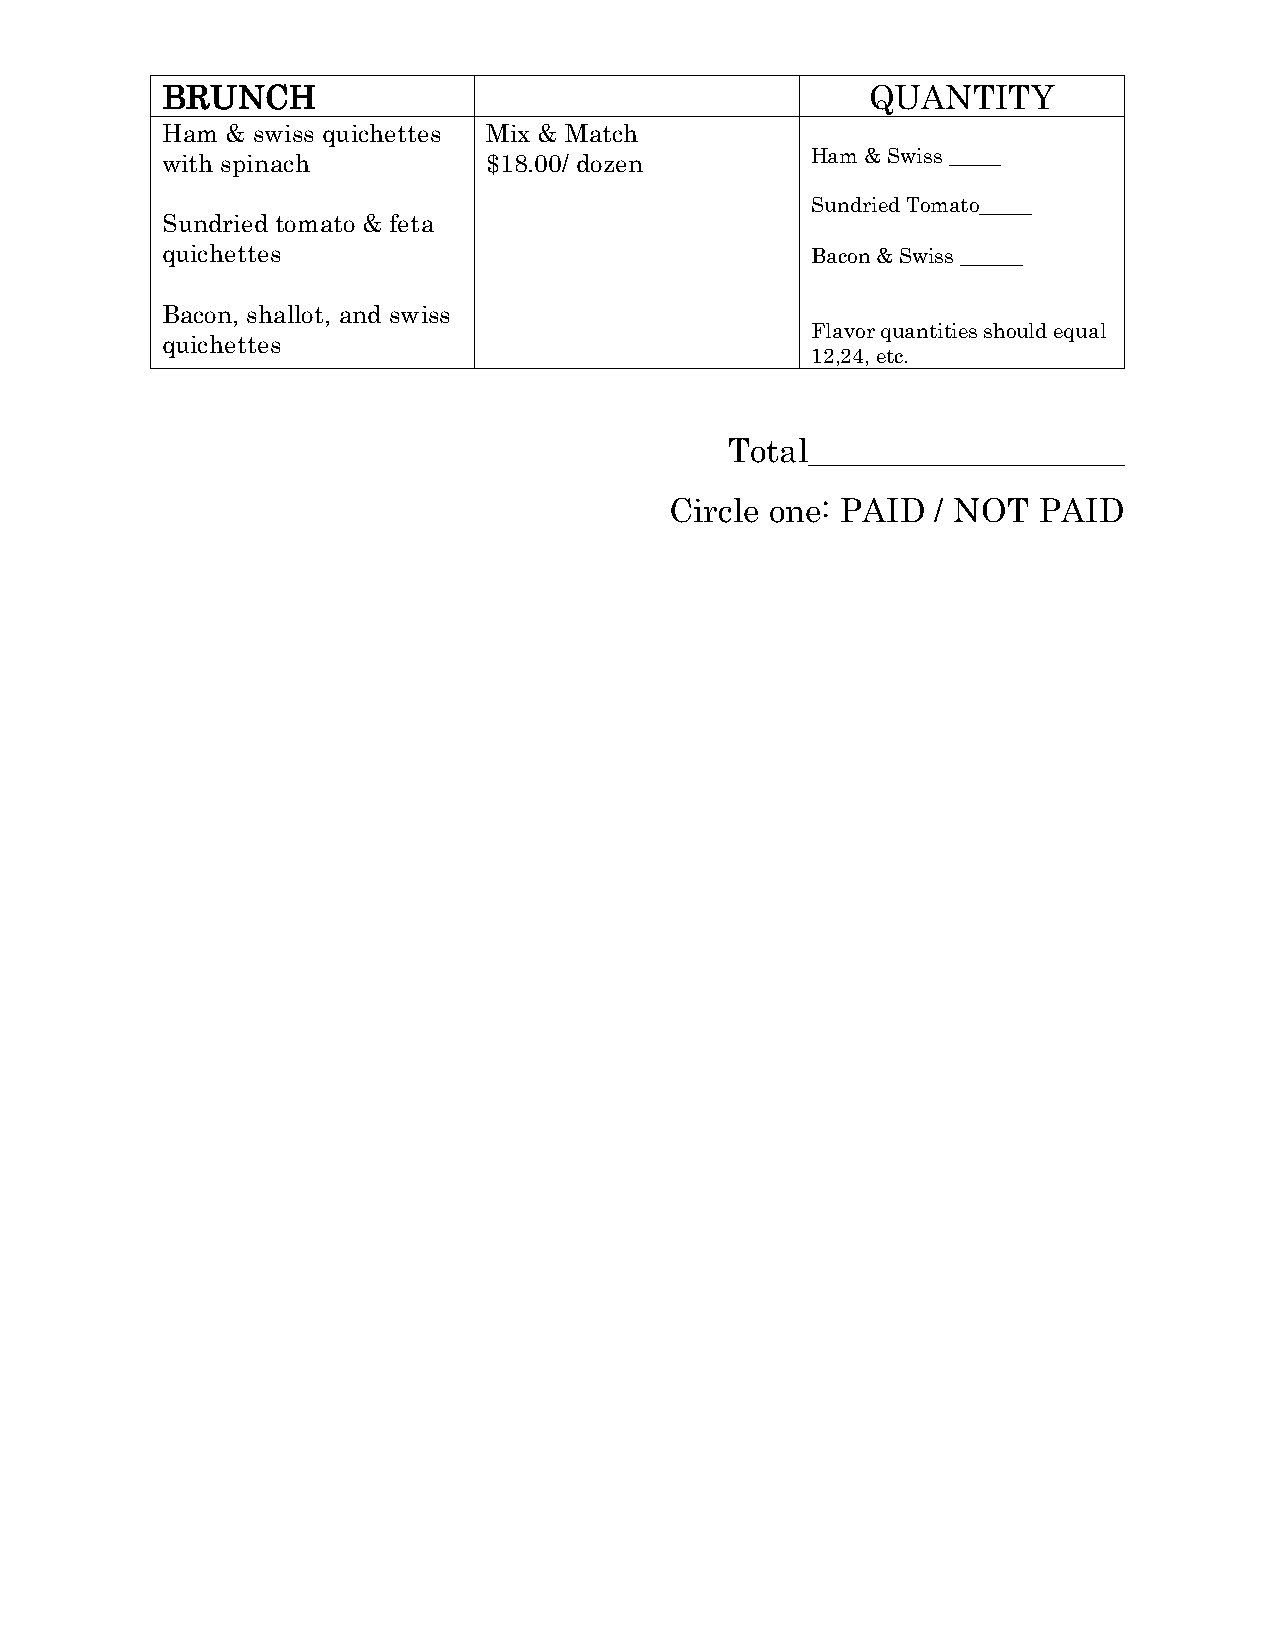
BRUNCH                                         QUANTITY
 Ham & swiss quichettes Mix & Match
 with spinach         $18.00/ dozen         Ham & Swiss _____
 Sundried Tomato_____
 Sundried tomato & feta
 quichettes                                 Bacon & Swiss ______
 Bacon, shallot, and swiss
 Flavor quantities should equal
 quichettes
 12,24, etc.
 Total___________________
 Circle one: PAID  / NOT  PAID